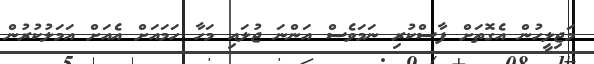
މަޖިލީހުން އެގޮތަށް ފާސްކުރި ނަމަވެސް އަންނަ ޖުލައި މަހާ ހަމައަށް އެއަށް އަމަލުކުރުން